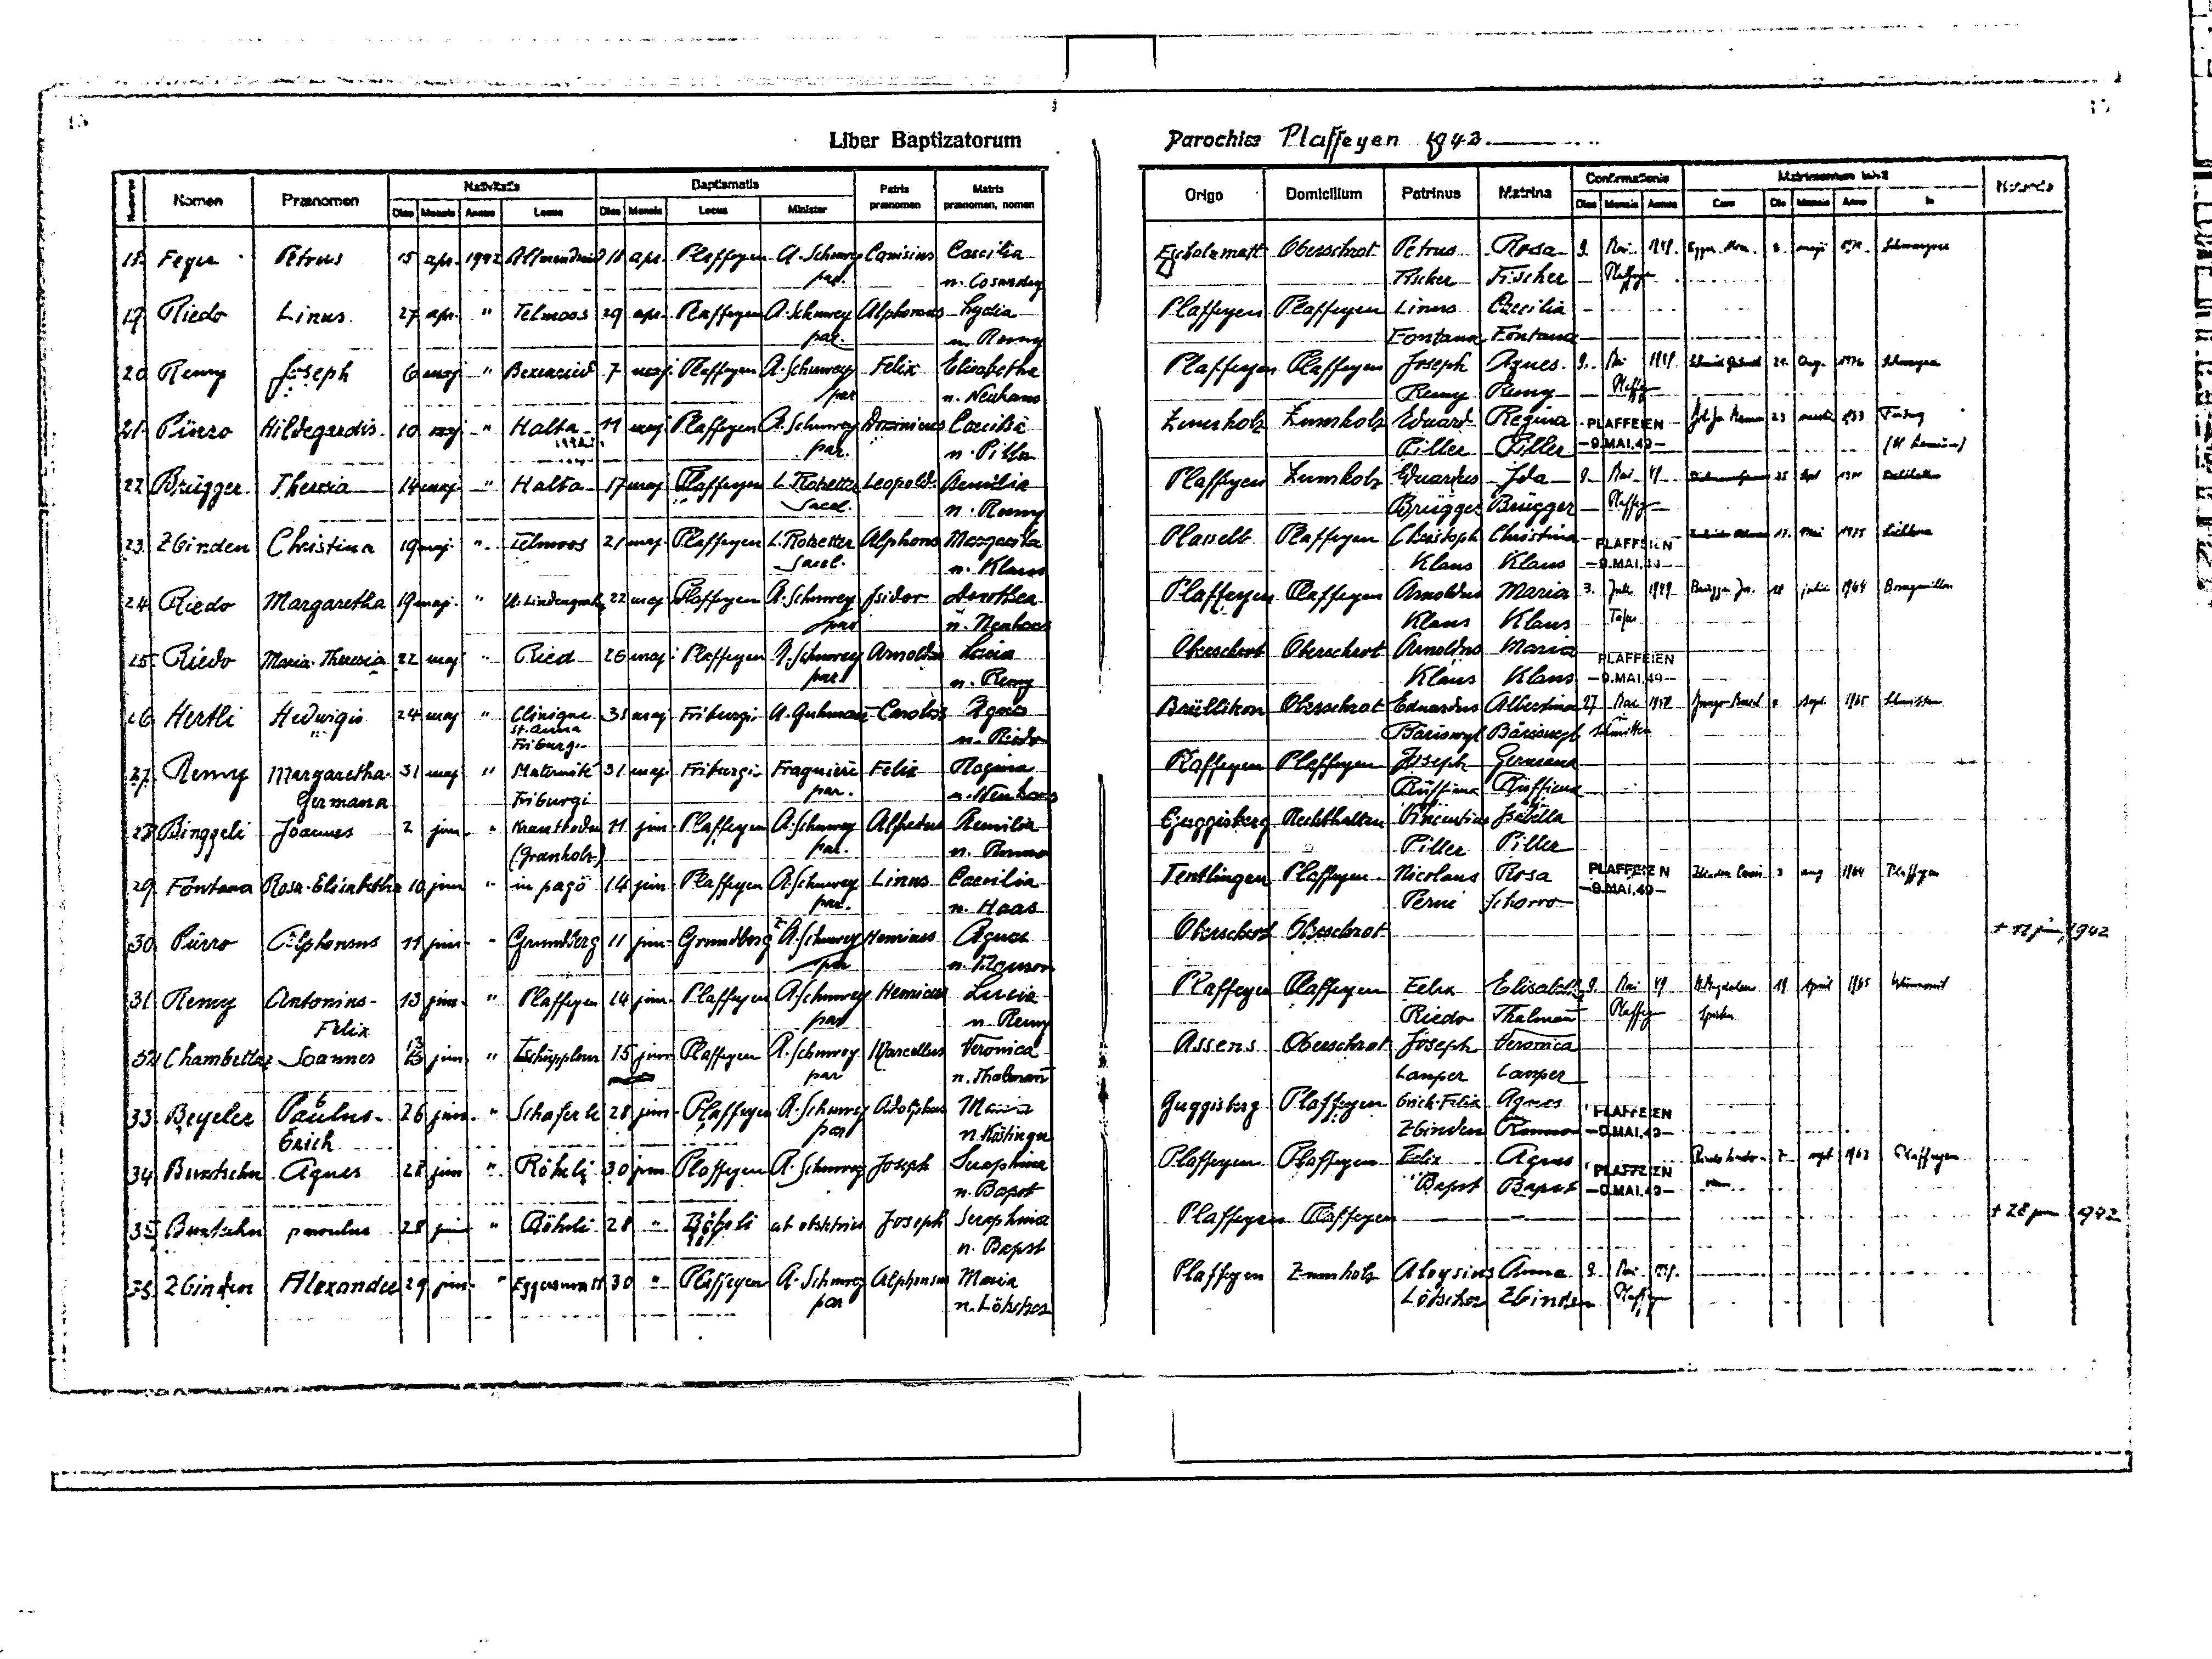
15
Liber Baptizatorum
Parochiae Plaffeyen 1942
Matrimonium inivit
Confirmationis
Baptismatis
Notanda
Nativitatis
Patris
in
Matris
Matrina
Patrinus
Origo Domicilium
praenomen
Praenomen
Nomen
Dies Mensis Annus Cum Die Mensis Anno
praenomen, nomen
Minister
De Mensis Locus
Locus
Dies Mensis Annus
Escholsmatt Oberschrot Petrus Rosa 9 Mai 1949 Egger Hletres 2 maji. 1976 Schwarzsee
15 apr 1942 Allmendsried 18 apr Plaffeyen A. Schuwey Canisius Caecilia
18 Feyer Petrus
Fischer Fischer Plaffeyen
n. Cosandey
par.
Plaffeyen Plaffeyen Linus Caecilia
19 Riedo Linus 27 apr " Telmoos 29 apr. Plaffeyen A. Schuwey Alphonsus Lydia
Fontana Fontana
par.
n. Remy
Plaffeyen Plaffeyen Joseph Agnes 9 Mai 1949 Schmid Gertrud 21 Aug 1976 Schwarzsee
20 Remy Joseph 6 maj " Bexenried 7 maj Plaffeyen A. Schuwey Felix Elisabetha
Plaffeyen
Remy Remy
par
n. Neuhaus
Zumholz Zumholz Eduard. Regina PLAFFEIEN Gugfer Herer 23 marti 1963 Freiburg
21 Pürro Hildegardis 10 maj. " Halta 11 maj. Plaffeyen A. Schuwey Dominicus Caecilia
-9.MAI.49-
(St. Brsie)
Piller Piller
par.
n. Piller
Plaffeyen Zumholz Eduardus Ida 9 Mai 49 Bielmannschunfna 25 Sept 1965 Rechthalten
22 Brügger Theresia 14 maj. " Halta 17 maj Plaffeyen L. Rotzetter Leopold Cemilia
Plaffeyen
Sacel.
Brügger Brügger
n. Remy
Plasselb Plaffeyen Christoph. Christina PLAFFEIEN Zurkinden Alumar 17 Mai 1975 Lichtena
23 Zbinden Christina 19 maj " Telmoos 21 maj. Plaffeyen L. Rotzetter Alphons Margarita
Klaus Klaus -9.MAI.49-
Sacel.
n. Klaus
Plaffeyen Plaffeyen Arnoldus Maria 3 Juli 1949 Brügger Ae. 18 Juli 1964 Bourguillon
"
U. Lindengraben 22 maj Plaffeyen A. Schuwey Isidor Dorothea
24 Riedo Margaretha 19 maj.
Klaus Klaus Tafers
n. Neuhaus
par
Oberschrot Oberschrot Arnoldus Maria PLAFFEIEN
25 Riedo Maria-Theresia 22 maj. " Ried 26 maj Plaffeyen A. Schuwey Arnoldus Lucia
par
Klaus Klaus -9.MAI.49-
n. Remy
Brüllikon Oberschrot Eduardus Albertina 27 Mai 1950 Jungo Hlorl 4 sept. 1965 Schmitten
26 Hertli Hedwigis 24 maj. " Clinique 31 maj Friburgi A. Guhmann Carolus Agnes
in
St. Anna
Bäriswyl Bäriswyl Schmitten
n. Riedo
Friburgi
Plaffeyen Plaffeyen Joseph Gemana
27 Remy Margaretha 31 maj. " Maternité 31 maj Friburgi Fragnière Felix Regina
Rüffieux Rüffieux
par
n. Neuhaus
Friburgi
Germana
Gurggisberg Rechthalten Vincentius Isabella
33 Binggeli Joannes 2 jun " Krau---den 11 jun. Plaffeyen A. Schuwey Alfonsus Aemilia
Piller Piller
n. Rumo
par.
(Grauholz)
PLAFFEIEN Abanche Couis 3 aug. 1964 Plaffeyen
Tentlingen Plaffeyen Nicolaus Rosa
" in pago 14 jun. Plaffeyen A. Schuwey Linus Caecilia
29 Fontana Rosa-Elisabetha 10 jun.
-9.MAI.49-
Perni Schorro
par.
n. Haas
† 11 jun 1942
Oberschrot Oberschrot
30 Pürro Alphonsus 11 jun. " Grundberg 11 jun. Grundberg A. Schuwey Henricus Agnes
par.
n. Mauron
1965 Wünnewil
Plaffeyen Plaffeyen Felix Elisabetha 9 Mai 49 M.Magdalena 19 April
31 Remy Antonius- 13 jun. " Plaffeyen 14 jun. Plaffeyen A. Schuwey Henricus Lucia
Plaffeyen
Spicher
Riedo Thalmann
n. Remy
par.
Felix
Assens Oberschrot Joseph Veronica
32 Chambettaz Joannes 16 jun. " Tschüpplern 15 jun. Plaffeyen A. Schuwey Marcellus Veronica
13
Lauper Lauper
par
n. Thalmann
par
Guggisberg Plaffeyen Erich-Felix Agnes PLAFFEIEN
Plaffeyen A. Schuwey Adolphus Maria
33 Beyeler Paulus- 26 jun. " Schaferli 28 jun.
Zbinden Rumo -9.MAI.49-
par.
n. Köstingen
Erich
Riedo Andrdor- 7 sept. 1963 Plaffeyen
Plaffeyen Plaffeyen Felix Agnes
PLAFFEIEN
34 Buntschu Agnes 28 jun. " Röhrli 30 jun Plaffeyen A. Schuwey Joseph Seraphina
Bapst Bapst -9.MAI.49- Maria
n. Bapst
† 28 jun 1942
Plaffeyen Plaffeyen
35 Buntschu parvulus 28 jun. " Röhrli 28 " röhrli ab obstetrice Joseph Seraphina
n. Bapst
Plaffeyen Zumholz Aloysius Anna 9 Mai 49
36 Zbinden Alexander 29 jun. " Eggersmatt 30 " Plaffeyen A. Schuwey Alphonsus Maria
Löscher Zbinden Plaffeyen
par
n. Lötscher